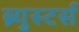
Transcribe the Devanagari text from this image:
ब्र्युस्टर्स